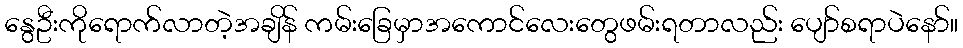
နွေဦးကိုရောက်လာတဲ့အချိန် ကမ်းခြေမှာအကောင်လေးတွေဖမ်းရတာလည်း ပျော်စရာပဲနော်။